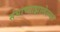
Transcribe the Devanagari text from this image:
संघाच्याझालेल्या